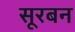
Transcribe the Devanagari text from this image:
सूरबन